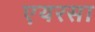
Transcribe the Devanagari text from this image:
एयरसा